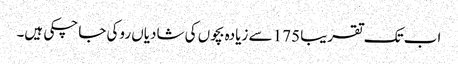
اب تک تقریبا 175 سے زیادہ بچوں کی شادیاں روکی جا چکی ہیں۔